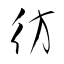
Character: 彷